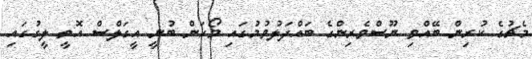
މެޗުގެ ކުރިން ބޭއްވި ނޫސްވެރިންގެ ބައްދަލުވުމުގައި މޯހަން ބުނީ އީގަލްސް އޮތީ ލީގުގައި